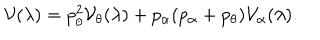
LaTeX: { \cal V } ( \lambda ) = p _ { \theta } ^ { 2 } { \cal V } _ { \theta } ( \lambda ) + p _ { \alpha } ( p _ { \alpha } + p _ { \theta } ) { \cal V } _ { \alpha } ( \lambda ) .